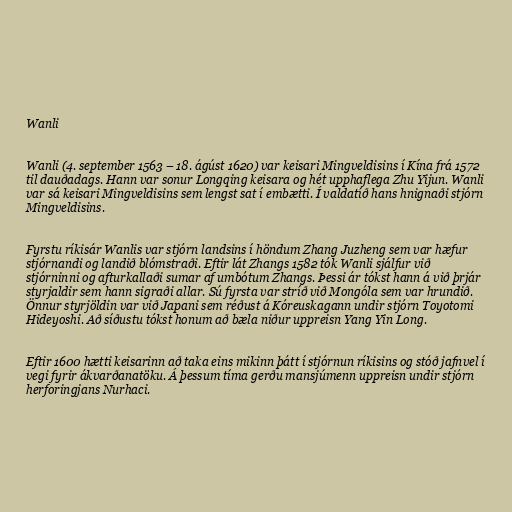
Wanli

Wanli (4. september 1563 – 18. ágúst 1620) var keisari Mingveldisins í Kína frá 1572
til dauðadags. Hann var sonur Longqing keisara og hét upphaflega Zhu Yijun. Wanli
var sá keisari Mingveldisins sem lengst sat í embætti. Í valdatíð hans hnignaði stjórn
Mingveldisins.

Fyrstu ríkisár Wanlis var stjórn landsins í höndum Zhang Juzheng sem var hæfur
stjórnandi og landið blómstraði. Eftir lát Zhangs 1582 tók Wanli sjálfur við
stjórninni og afturkallaði sumar af umbótum Zhangs. Þessi ár tókst hann á við þrjár
styrjaldir sem hann sigraði allar. Sú fyrsta var stríð við Mongóla sem var hrundið.
Önnur styrjöldin var við Japani sem réðust á Kóreuskagann undir stjórn Toyotomi
Hideyoshi. Að síðustu tókst honum að bæla niður uppreisn Yang Yin Long.

Eftir 1600 hætti keisarinn að taka eins mikinn þátt í stjórnun ríkisins og stóð jafnvel í
vegi fyrir ákvarðanatöku. Á þessum tíma gerðu mansjúmenn uppreisn undir stjórn
herforingjans Nurhaci.